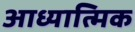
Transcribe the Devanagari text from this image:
आध्यात्‍मिक